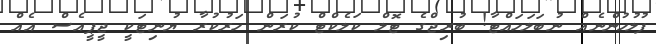
ފުލުހުންނެއް ނުބަލަހައްޓާ! ބުރިޖްގެ ޓޮލް ކަލެކްޓް ކުރަން ހަރުކުރާ ޔުނިޓަކީ ޖީޕީއެސް އެއް